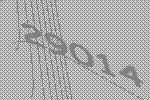
29014